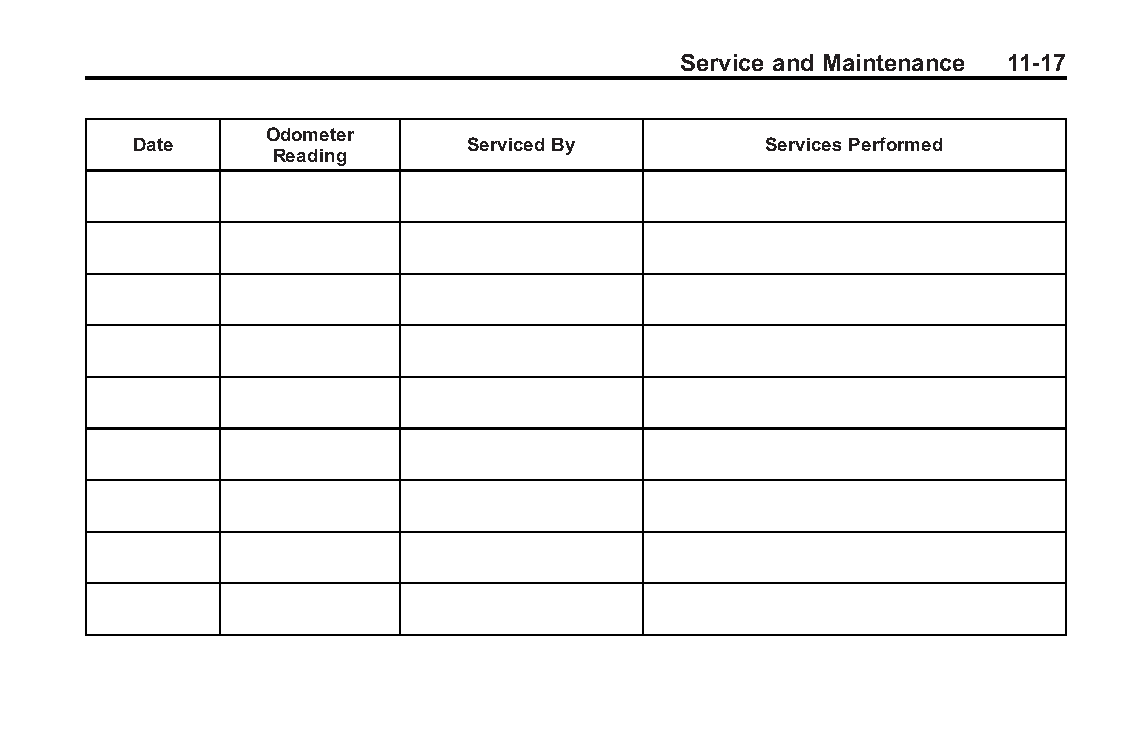
Buick LaCrosse Owner Manual (GMNA-Localizing-U.S./Canada/Mexico- Blackplate(17,1)
 6043609)-2014-2ndEdition-10/17/13
 Service and Maintenance 11-17
 Odometer
 Date                   ServicedBy         ServicesPerformed
 Reading